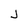
Character: j